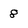
Character: 8